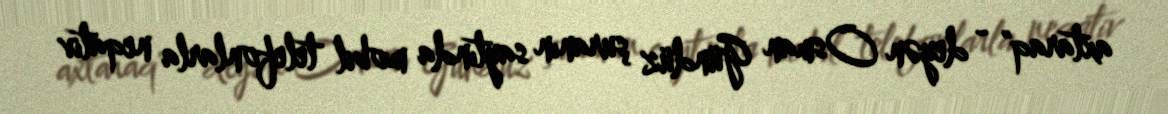
axtaraq" - deyən Osman Gündüz şuranın saytında mobil telefonlarla neqativ